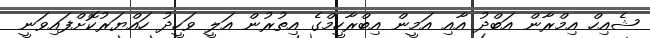
ޝެއިހް އިމްރާން އަބްދު އާއި އަމީން އިބްރާހީމްގެ އިތުރުން އަލީ ވަހީދު ހައްޔަރުކޮށްފައިވަނީ